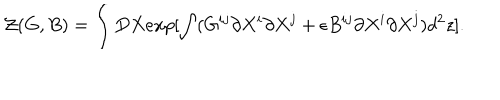
{ \cal Z } ( G , B ) = \int D X e x p [ \int ( G ^ { i j } \partial X ^ { i } \partial X ^ { j } + \epsilon B ^ { i j } \partial X ^ { i } \partial X ^ { j } ) d ^ { 2 } z ] .